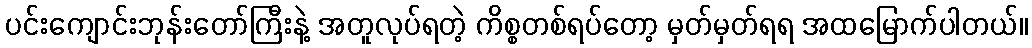
ပင်းကျောင်းဘုန်းတော်ကြီးနဲ့ အတူလုပ်ရတဲ့ ကိစ္စတစ်ရပ်တော့ မှတ်မှတ်ရရ အထမြောက်ပါတယ်။